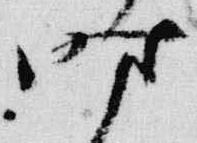
時